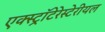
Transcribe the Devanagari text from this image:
एक्स्ट्रॉटेरेस्टेरीयल